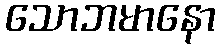
သောဘမာနော